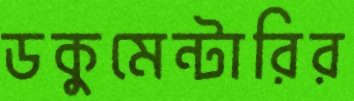
ডকুমেন্টারির